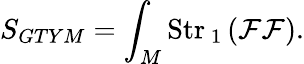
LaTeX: \displaystyle{S_{GTYM}=\int_{M}\mathrm{Str}_{\mathrm{\mathbf~1}}\left(\mathcal{F}\mathcal{F}\right)}.